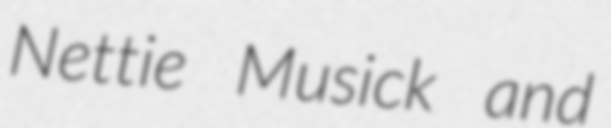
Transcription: Nettie Musick and